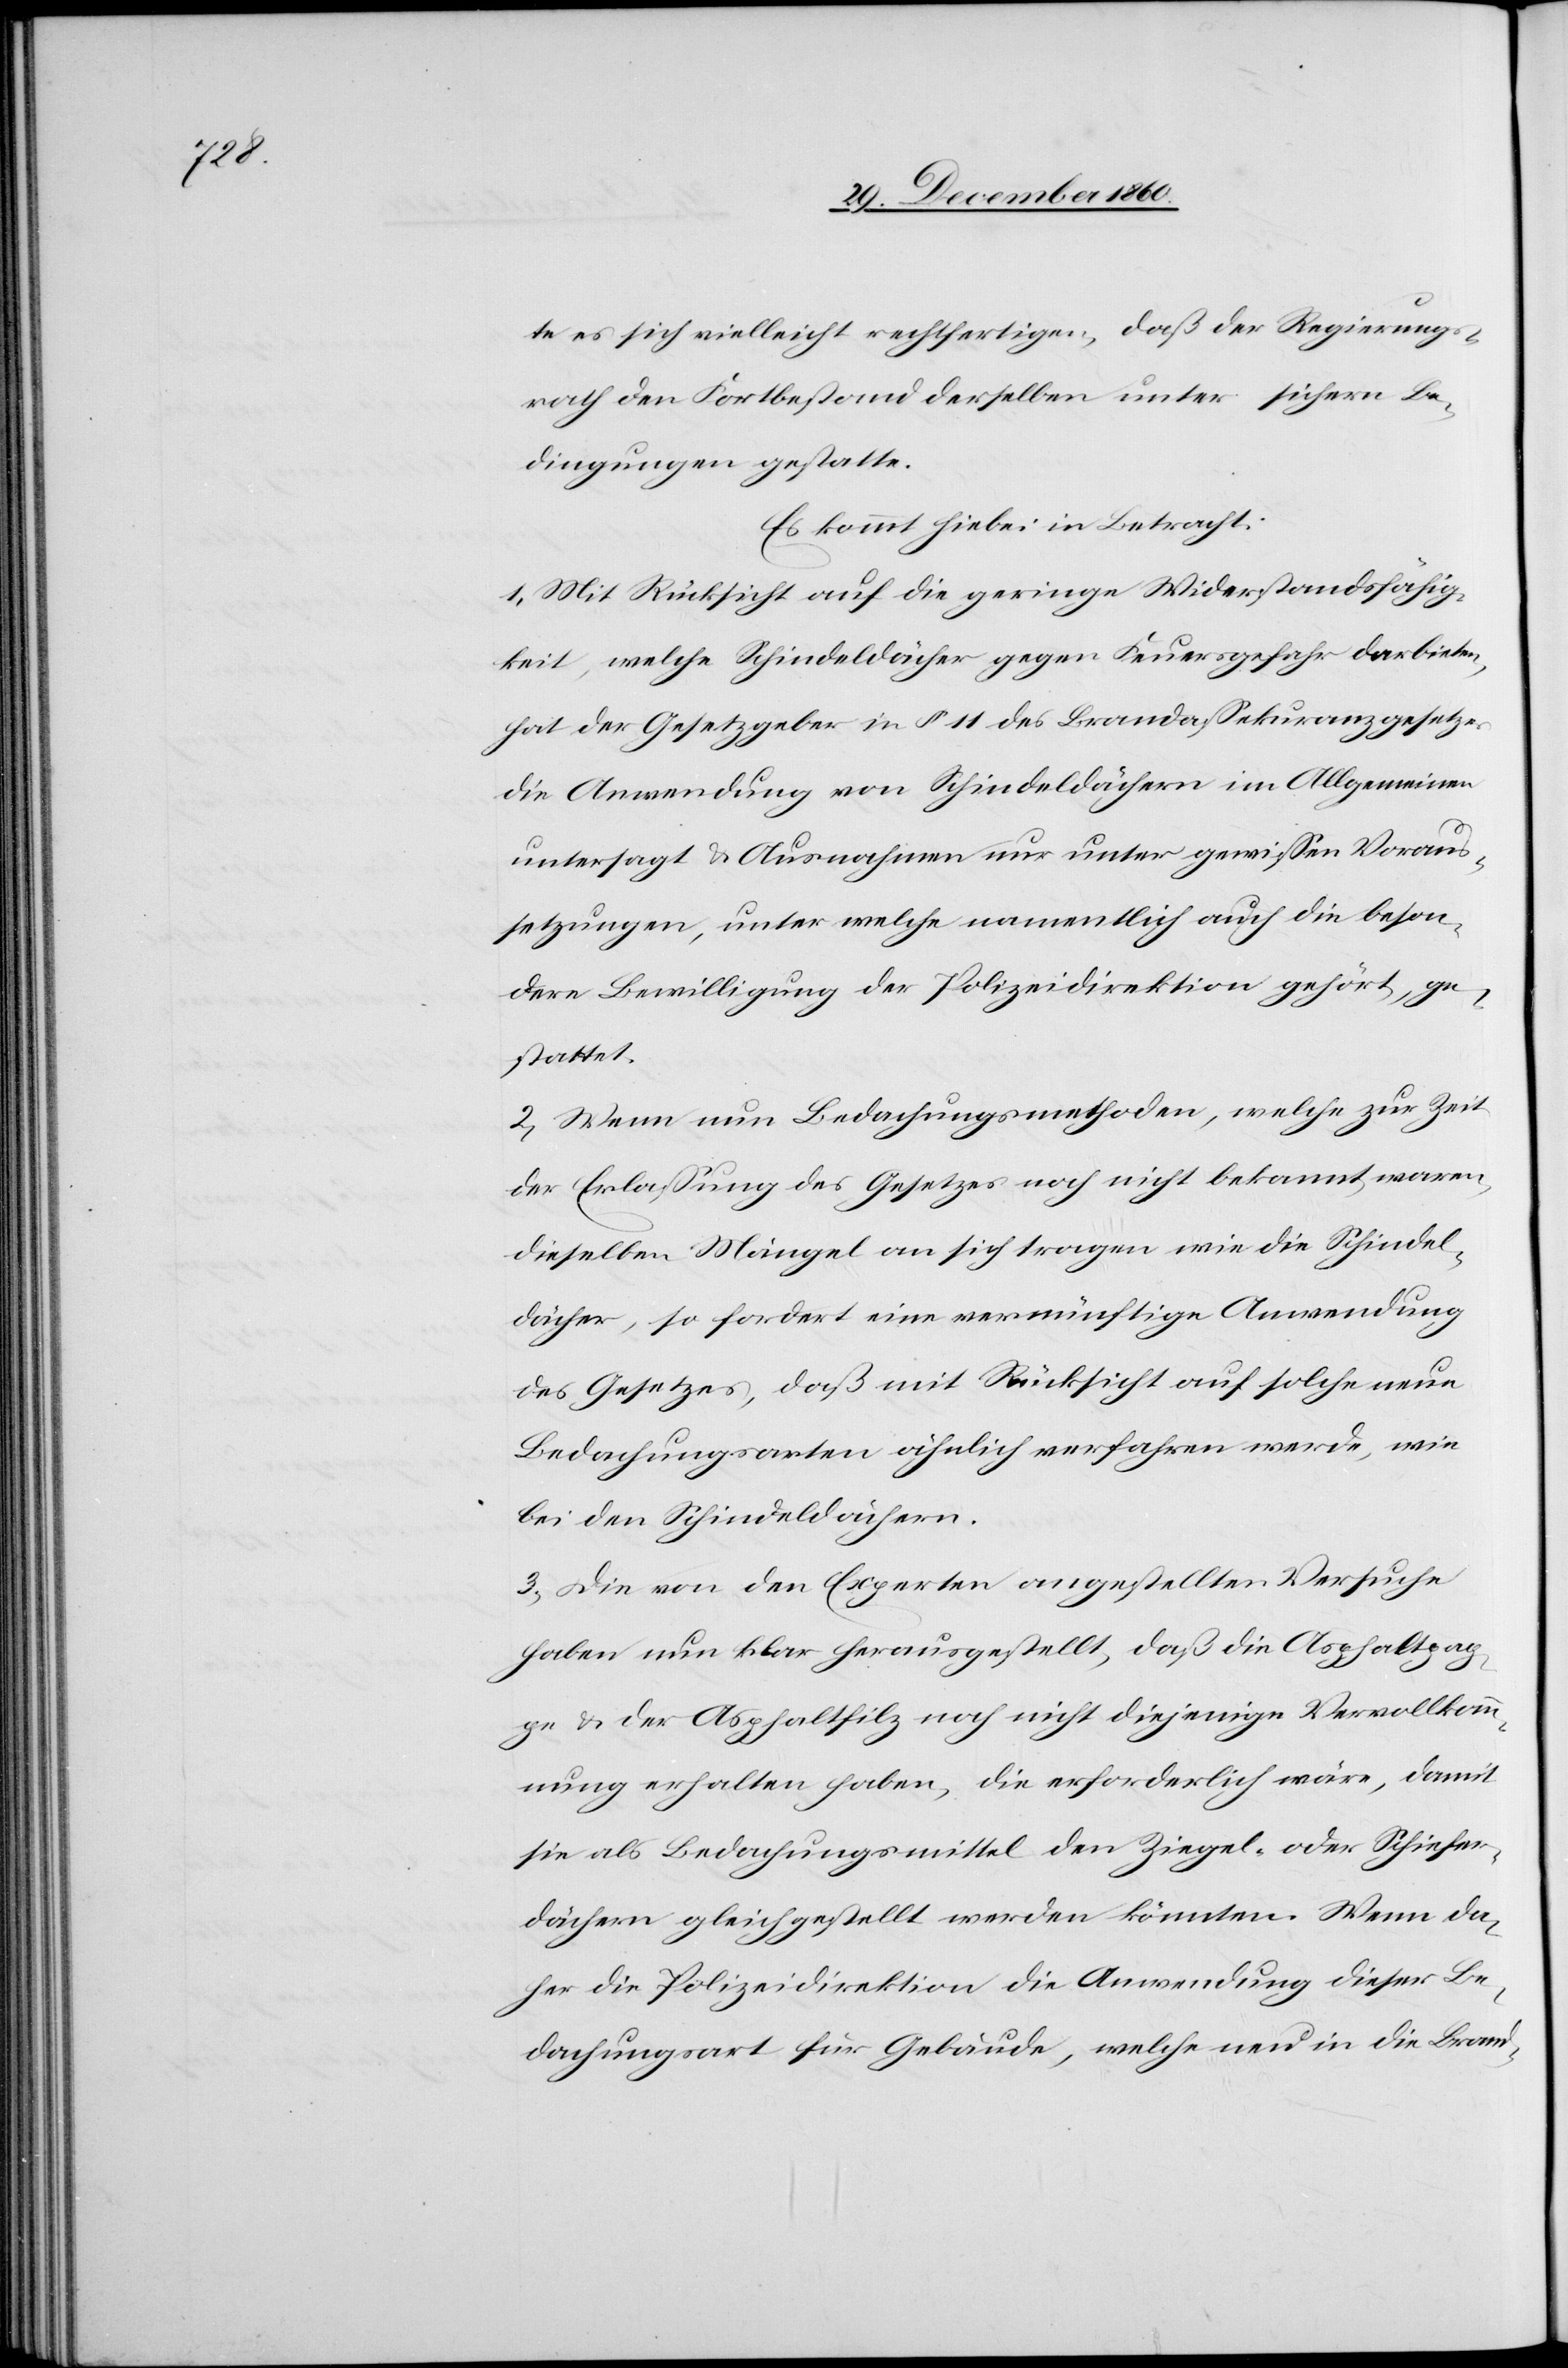
ten es sich vielleicht rechtfertigen, daß der Regierungs¬
rath den Fortbestand derselben unter sichern Be¬
dingungen gestatte.
Es kommt hiebei in Betracht:
1. Mit Rücksicht auf die geringe Widerstandsfähig¬
keit, welche Schindeldächer gegen Feuersgefahr darbieten,
hat der Gesetzgeber in § 11 des Brandassekuranzgesetzes
die Anwendung von Schindeldächern im Allgemeinen
untersagt u. Ausnahmen nur unter gewissen Voraus¬
setzungen, unter welche namentlich auch die beson¬
dere Bewilligung der Polizeidirektion gehört, ge¬
stattet.
2. Wenn nun Bedachungsmethoden, welche zur Zeit
der Erlassung des Gesetzes noch nicht bekannt waren,
dieselben Mängel an sich tragen wie die Schindel¬
dächer, so fordert eine vernünftige Anwendung
des Gesetzes, daß mit Rücksicht auf solche neue
Bedachungsarten ähnlich verfahren werde, wie
bei den Schindeldächern.
3. Die von den Experten angestellten Versuche
haben nun klar herausgestellt, daß die Asphaltpap¬
pe u. der Asphaltfilz noch nicht diejenige Vervollkom¬
mung erhalten haben, die erforderlich wäre, damit
sie als Bedachungsmittel den Ziegel- oder Schiefer¬
dächern gleichgestellt werden könnten. Wenn da¬
her die Polizeidirektion die Anwendung dieser Be¬
dachungsart für Gebäude, welche neu in die Brand-